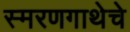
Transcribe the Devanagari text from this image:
स्मरणगाथेचे